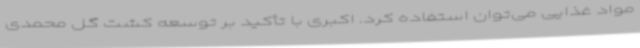
مواد غذایی می‌توان استفاده کرد. اکبری با تأکید بر توسعه کشت گل محمدی